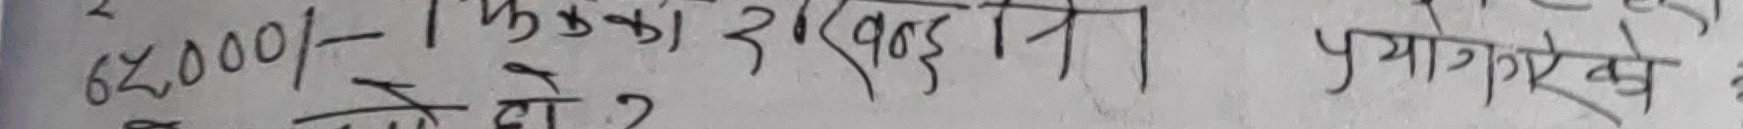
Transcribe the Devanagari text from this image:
62,000/- फुका का दखना। हो ? प्रयागे खं छ